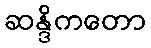
ဆန္ဒိကတော